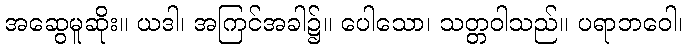
အဆွေမူဆိုး။ ယဒါ၊ အကြင်အခါ၌။ ပေါသော၊ သတ္တဝါသည်။ ပရာဘဝေါ၊